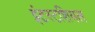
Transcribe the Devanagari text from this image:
इंटस्टशियल